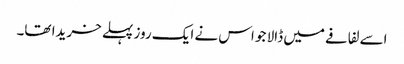
اسے لفافے میں ڈالا جو اس نے ایک روز پہلے خریدا تھا۔